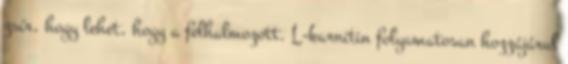
zsír, hogy lehet, hogy a felhalmozott. L-karnitin folyamatosan hozzájárul